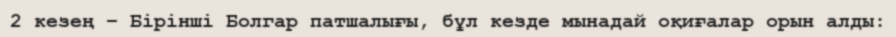
2 кезең – Бірінші Болгар патшалығы, бұл кезде мынадай оқиғалар орын алды: